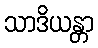
သာဒိယန္တာ